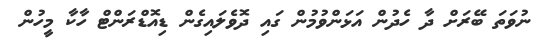
ނުވަތަ ބޭރަށް ދާ ހެދުން އަޅަންވުމުން ގައި ދޮވެލައިގެން ޑިއޮޑްރަންޓް ހާކާ މީހުން